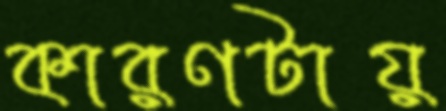
কারণটায়